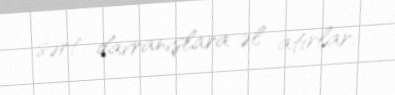
sərt davranışlara əl atırlar.